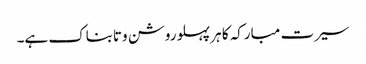
سیرت مبارکہ کا ہر پہلو روشن وتابناک ہے۔